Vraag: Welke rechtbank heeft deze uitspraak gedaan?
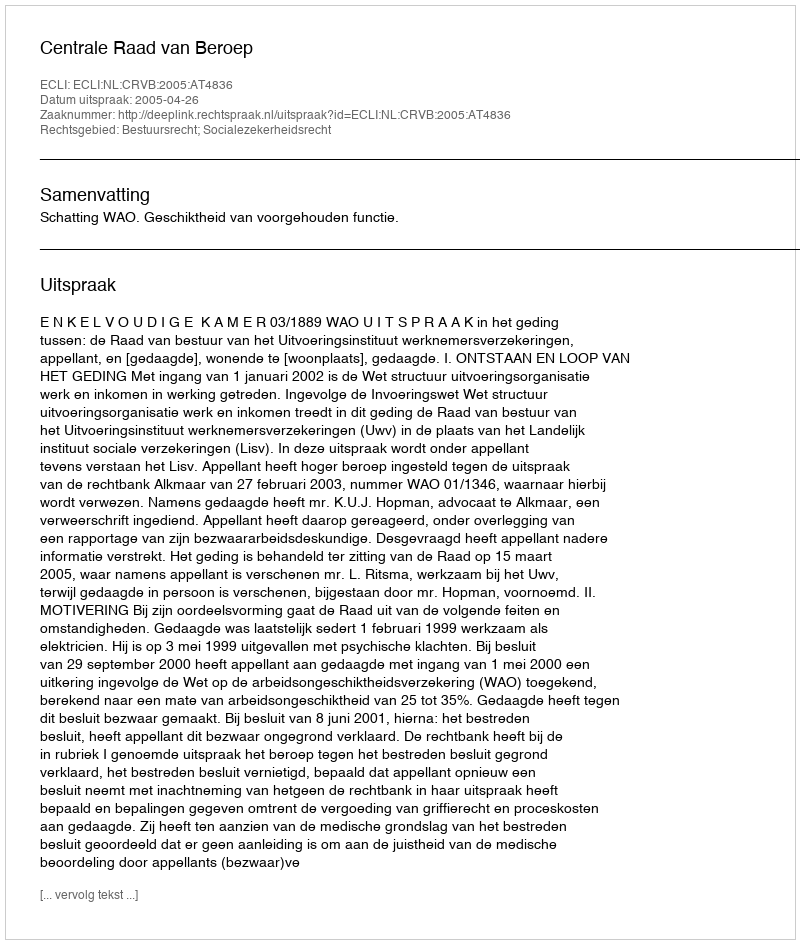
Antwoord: Centrale Raad van Beroep